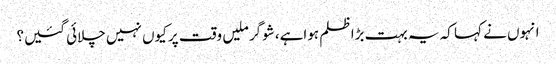
انہوں نے کہا کہ یہ بہت بڑا ظلم ہواہے، شوگر ملیں وقت پر کیوں نہیں چلائی گئیں؟